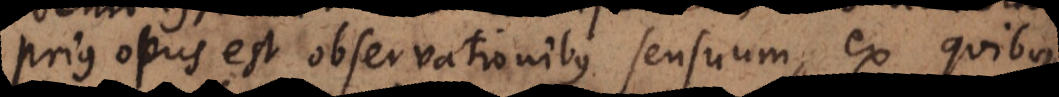
prius opus est observationibus sensuum, ex quibus